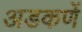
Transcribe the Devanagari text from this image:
अडकणें